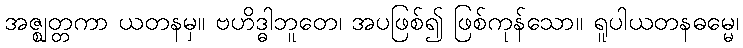
အဇ္ဈတ္တကာ ယတနမှ။ ဗဟိဒ္ဓါဘူတေ၊ အပဖြစ်၍ ဖြစ်ကုန်သော။ ရူပါယတနဓမ္မေ၊